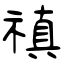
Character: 禛